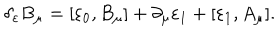
LaTeX: \delta _ { \varepsilon } B _ { \mu } = [ \varepsilon _ { 0 } , B _ { \mu } ] + \partial _ { \mu } \varepsilon _ { 1 } + [ \varepsilon _ { 1 } , A _ { \mu } ] .